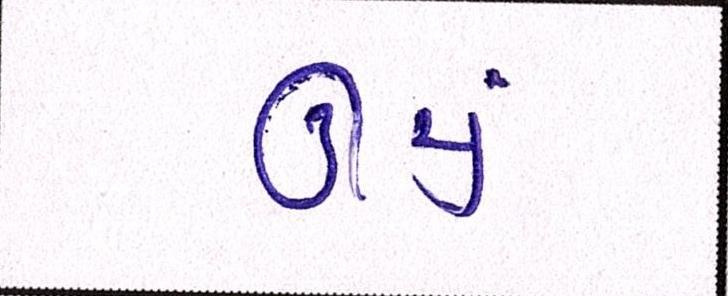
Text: ઊંચું